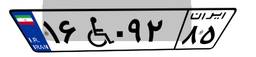
۱۶W۰۹۲۸۵